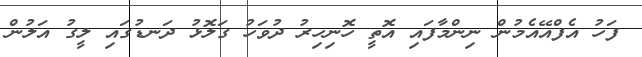
ފަހު އެފްއޭއެމުން ނިންމާފައި އޮތީ ހޮނިހިރު ދުވަހު ގަލޮޅު ދަނޑުގައި ލީގު އަލުން